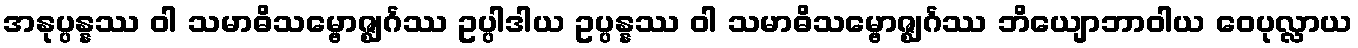
အနုပ္ပန္နဿ ဝါ သမာဓိသမ္ဗောဇ္ဈင်္ဂဿ ဥပ္ပါဒါယ ဥပ္ပန္နဿ ဝါ သမာဓိသမ္ဗောဇ္ဈင်္ဂဿ ဘိယျောဘာဝါယ ဝေပုလ္လာယ